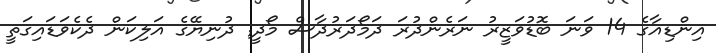
އިންޑިއާގެ 14 ވަނަ ބޮޑުވަޒީރު ނަރެންދުރަ ދަމޯދަރުދާސް މޯދީ